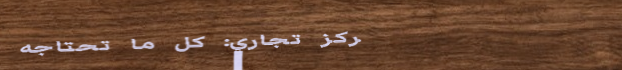
مركز تجاري: كل ما تحتاجه